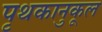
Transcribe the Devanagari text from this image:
पृथकानुकूल